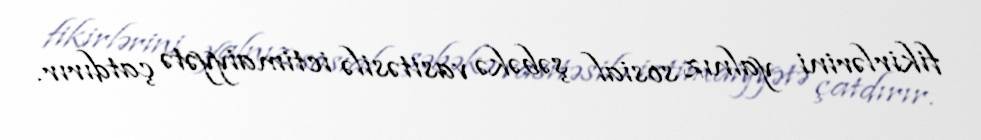
fikirlərini yalnız sosial şəbəkə vasitəsilə ictimaiyyətə çatdırır.